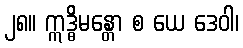
၂၈။ ဣဒ္ဓိမန္တော စ ယေ ဒေဝါ၊